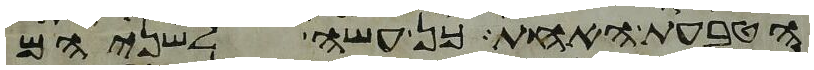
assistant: הטבעת האחת כן עשה לשניהם